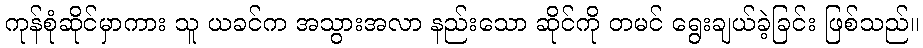
ကုန်စုံဆိုင်မှာကား သူ ယခင်က အသွားအလာ နည်းသော ဆိုင်ကို တမင် ရွေးချယ်ခဲ့ခြင်း ဖြစ်သည်။